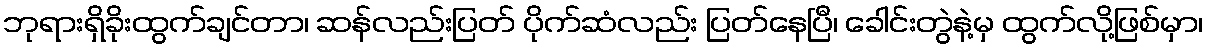
ဘုရားရှိခိုးထွက်ချင်တာ၊ ဆန်လည်းပြတ် ပိုက်ဆံလည်း ပြတ်နေပြီ၊ ခေါင်းတွဲနဲ့မှ ထွက်လို့ဖြစ်မှာ၊